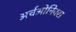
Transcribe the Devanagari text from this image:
अर्चओनिक्स